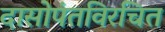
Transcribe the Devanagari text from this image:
दासोपंतविरचित